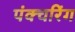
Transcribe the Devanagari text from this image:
पंक्चरिंग